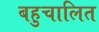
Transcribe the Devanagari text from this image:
बहुचालित